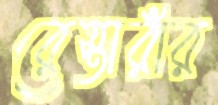
রেস্তারাঁর